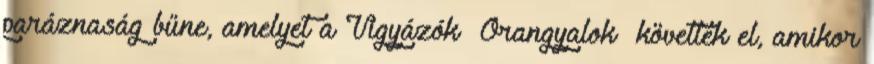
paráznaság bűne, amelyet a Vigyázók Őrangyalok követtek el, amikor